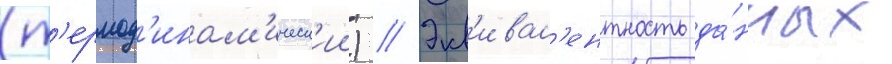
(т'ермод'инам'ическ'ии) // Экв'ивал'ентность да́нных